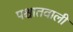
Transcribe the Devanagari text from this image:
पश्चातवाली